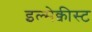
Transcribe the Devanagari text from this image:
इल्मेक्वीस्ट